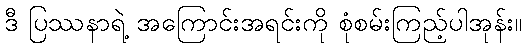
ဒီ ပြဿနာရဲ့ အကြောင်းအရင်းကို စုံစမ်းကြည့်ပါအုန်း။